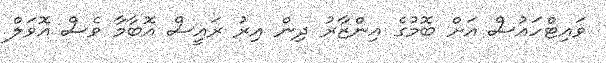
ވައިޓްހައުސް އަށް ބޮމުގެ އިންޒާރު ދިން އިރު ރައީސް އޮބާމާ ވެސް އޮވަލް